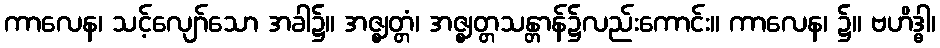
ကာလေန၊ သင့်လျော်သော အခါ၌။ အဇ္ဈတ္တံ၊ အဇ္ဈတ္တသန္တာန်၌လည်းကောင်း။ ကာလေန၊ ၌။ ဗဟိဒ္ဓါ၊